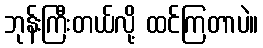
ဘုန်းကြီးတယ်လို့ ထင်ကြတာပဲ။